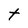
Character: T